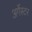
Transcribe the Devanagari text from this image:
अर्गेस्टर